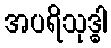
အပရိသုဒ္ဓါ